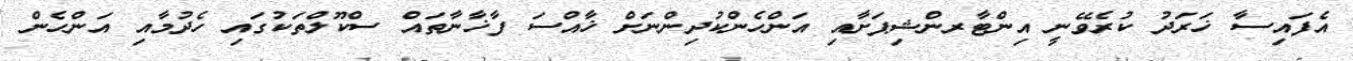
އެފައިސާ ޚަރަދު ކުރެވޭނީ އިންޓާރންޝިޕަށާއި އަންހެންކުދިންނަށް ޚާއްސަ ފާޚާނާތައް ސްކޫލްތަކުގައި ހެދުމާއި އަންހެން